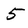
Character: 5